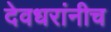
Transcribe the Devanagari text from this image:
देवधरांनीच